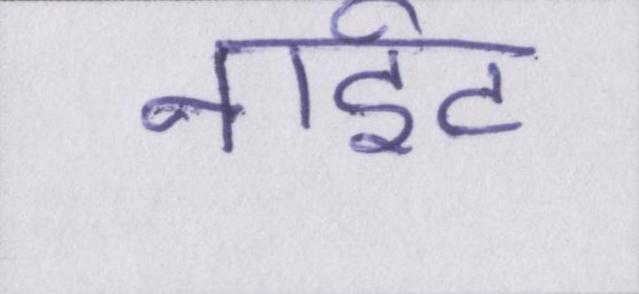
नाईट